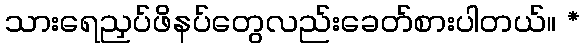
သားရေညှပ်ဖိနပ်တွေလည်းခေတ်စားပါတယ်။ *